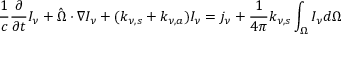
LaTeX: { \frac { 1 } { c } } { \frac { \partial } { \partial t } } I _ { \nu } + { \hat { \Omega } } \cdot \nabla I _ { \nu } + ( k _ { \nu , s } + k _ { \nu , a } ) I _ { \nu } = j _ { \nu } + { \frac { 1 } { 4 \pi } } k _ { \nu , s } \int _ { \Omega } I _ { \nu } d \Omega